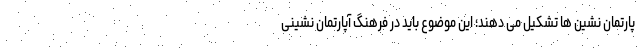
پارتمان نشین ها تشکیل می دهند؛ این موضوع باید در فرهنگ آپارتمان نشینی